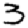
Digit: 3